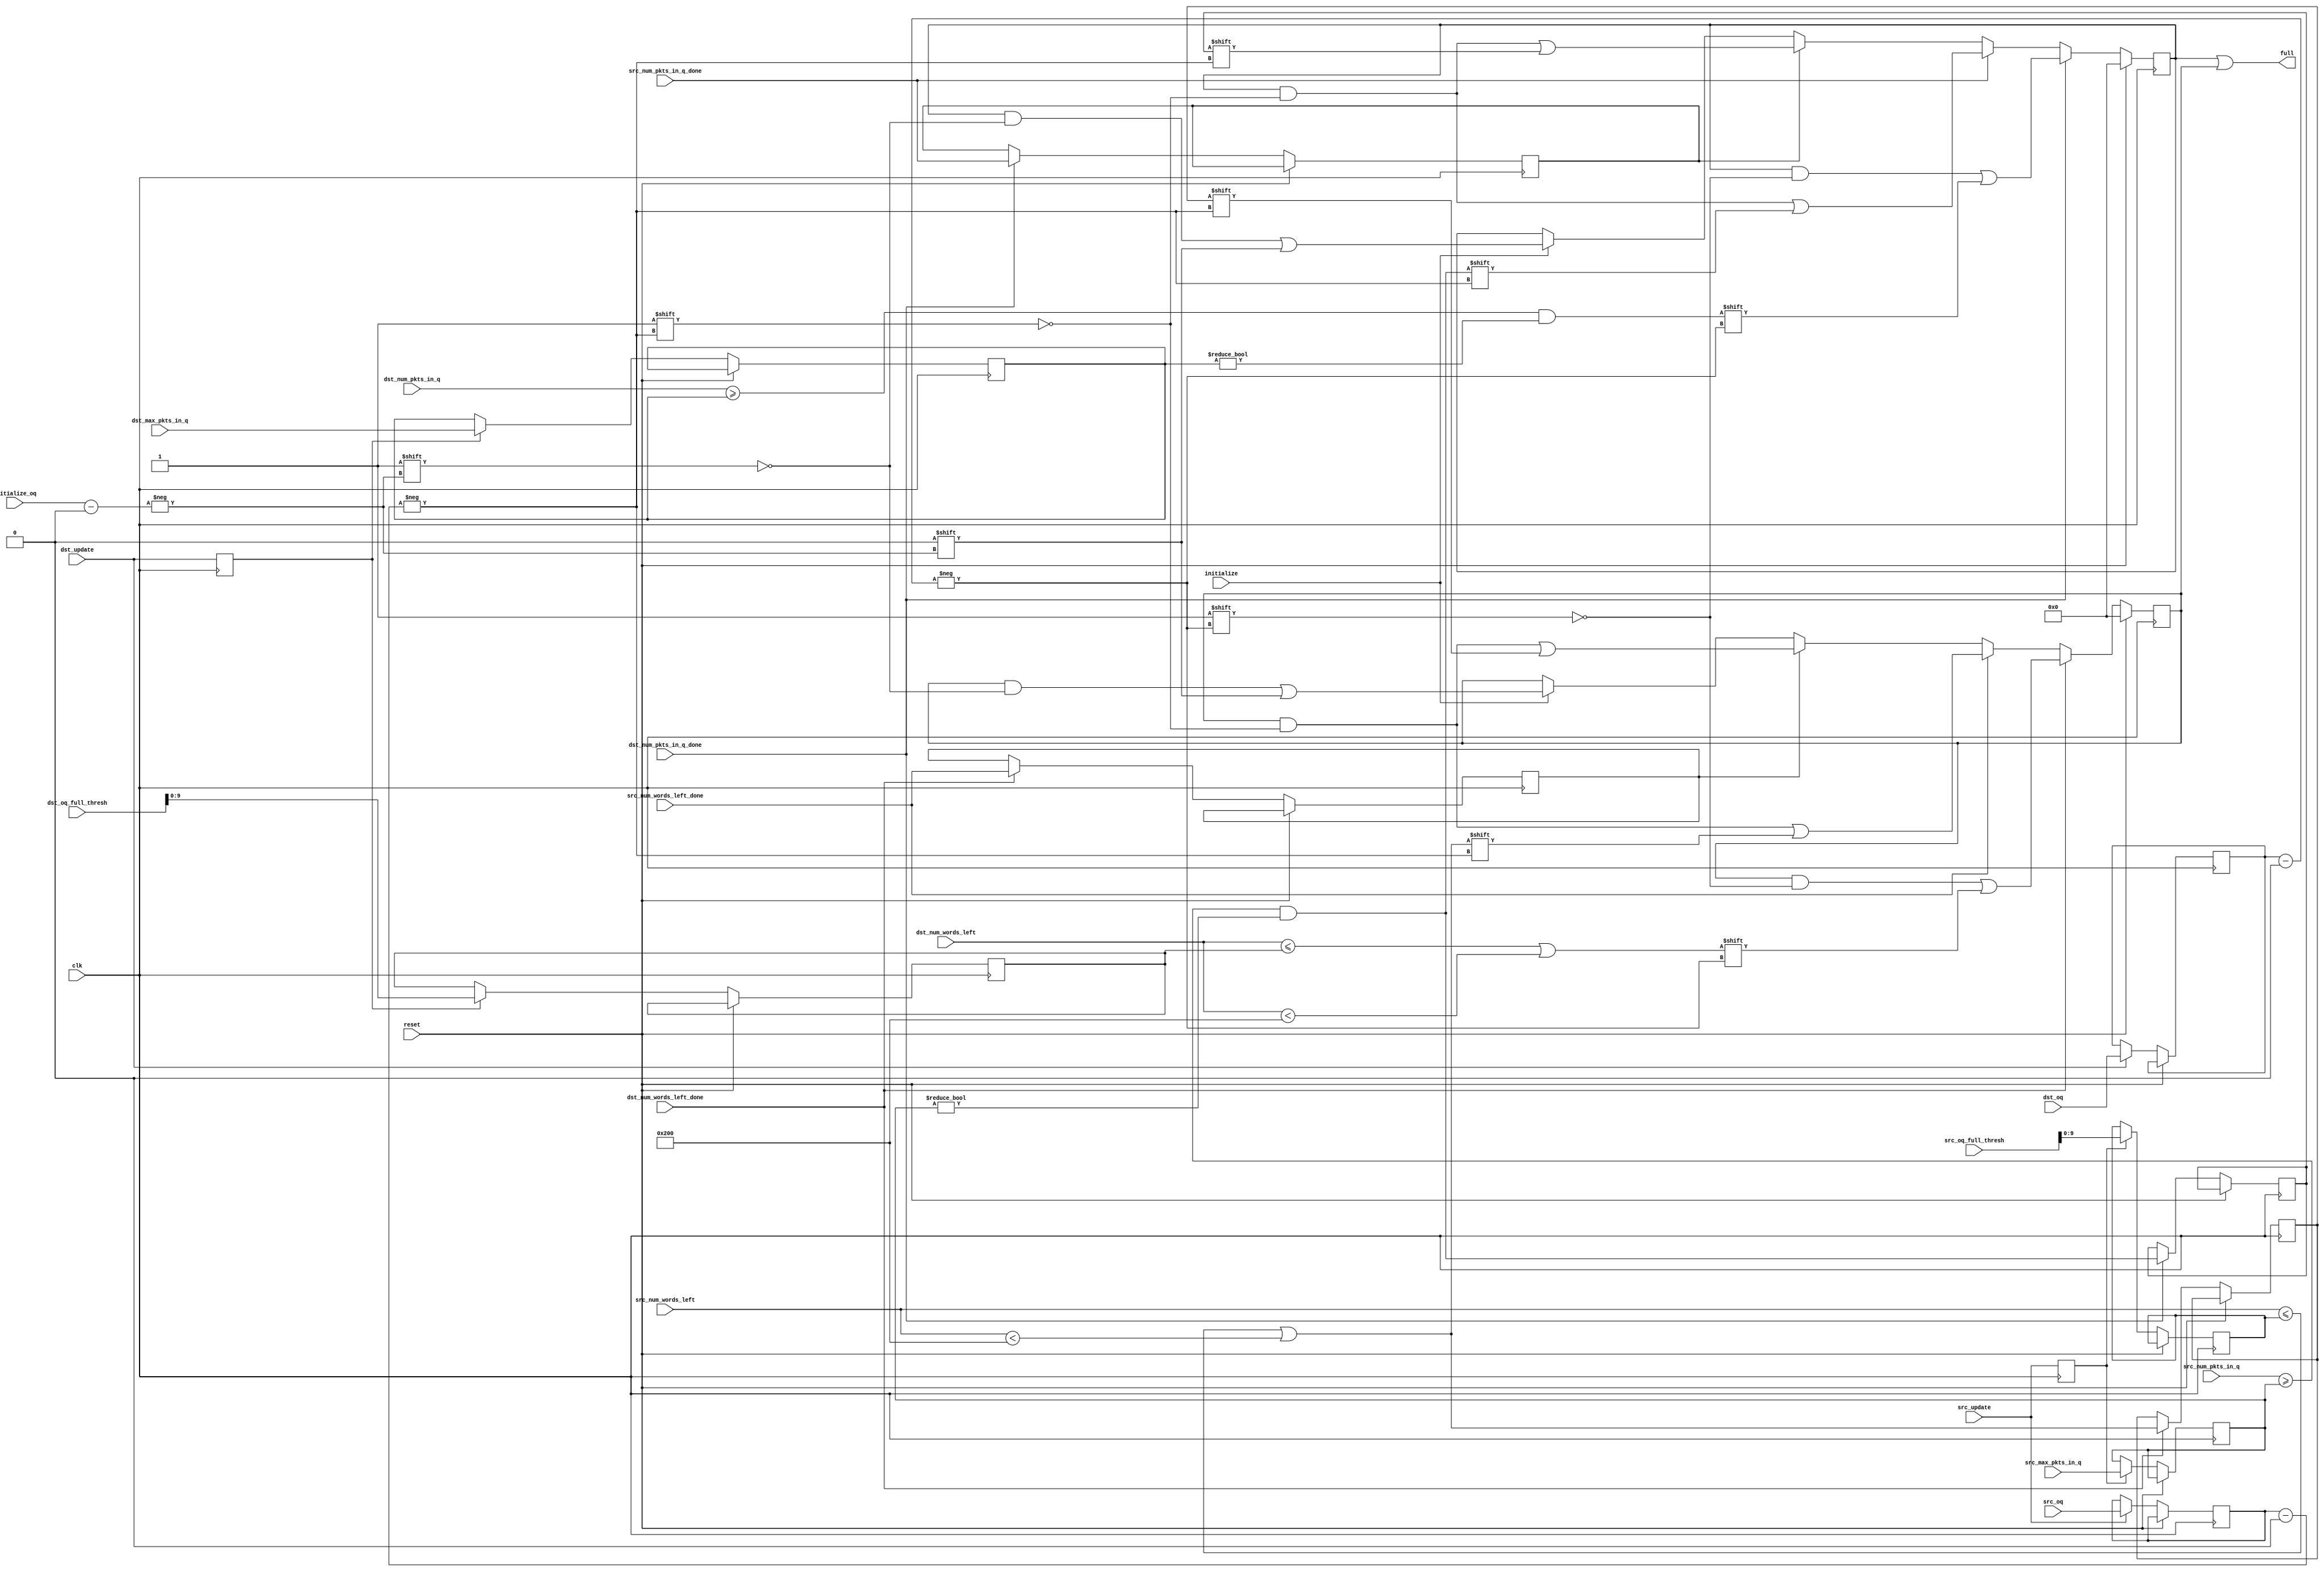
module oq_regs_eval_full
  #( 
      parameter SRAM_ADDR_WIDTH     = 13,
      parameter CTRL_WIDTH          = 8,
      parameter UDP_REG_SRC_WIDTH   = 2,
      parameter NUM_OUTPUT_QUEUES   = 8,
      parameter NUM_OQ_WIDTH        = log2(NUM_OUTPUT_QUEUES),
      parameter PKT_LEN_WIDTH       = 11,
      parameter PKT_WORDS_WIDTH     = PKT_LEN_WIDTH-log2(CTRL_WIDTH),
      parameter MAX_PKT             = 2048/CTRL_WIDTH,   // allow for 2K bytes,
      parameter MIN_PKT             = 60/CTRL_WIDTH + 1,
      parameter PKTS_IN_RAM_WIDTH   = log2((2**SRAM_ADDR_WIDTH)/MIN_PKT)
   )
   
   ( 
      // --- Inputs from dst update ---
      input                               dst_update,
      input [NUM_OQ_WIDTH-1:0]            dst_oq,
      input [PKTS_IN_RAM_WIDTH-1:0]       dst_max_pkts_in_q,
      input [PKTS_IN_RAM_WIDTH-1:0]       dst_num_pkts_in_q,
      input                               dst_num_pkts_in_q_done,

      input [SRAM_ADDR_WIDTH-1:0]         dst_oq_full_thresh,
      input [SRAM_ADDR_WIDTH-1:0]         dst_num_words_left,
      input                               dst_num_words_left_done,

      // --- Inputs from src update ---
      input                               src_update,
      input [NUM_OQ_WIDTH-1:0]            src_oq,
      input [PKTS_IN_RAM_WIDTH-1:0]       src_max_pkts_in_q,
      input [PKTS_IN_RAM_WIDTH-1:0]       src_num_pkts_in_q,
      input                               src_num_pkts_in_q_done,

      input [SRAM_ADDR_WIDTH-1:0]         src_oq_full_thresh,
      input [SRAM_ADDR_WIDTH-1:0]         src_num_words_left,
      input                               src_num_words_left_done,

      // --- Clear the flag --- 
      input                               initialize,
      input [NUM_OQ_WIDTH-1:0]            initialize_oq,

      output     [NUM_OUTPUT_QUEUES-1:0]  full,


      // --- Misc     
      input                               clk,
      input                               reset
   );
   
   function integer log2;
      input integer number;
      begin
         log2=0;
         while(2**log2<number) begin
            log2=log2+1;
         end
      end
   endfunction // log2


   // ------------- Internal parameters --------------


   // ------------- Wires/reg ------------------

   reg [NUM_OUTPUT_QUEUES-1:0]   full_pkts_in_q;
   reg [NUM_OUTPUT_QUEUES-1:0]   full_words_left;

   wire                          src_full_pkts_in_q;
   reg                           src_full_pkts_in_q_held;
   wire                          dst_full_pkts_in_q;

   wire                          src_full_words_left;
   reg                           src_full_words_left_held;
   wire                          dst_full_words_left;

   reg                           dst_update_d1;
   reg                           src_update_d1;

   reg [PKTS_IN_RAM_WIDTH-1:0]   dst_max_pkts_in_q_held;
   reg [PKTS_IN_RAM_WIDTH-1:0]   src_max_pkts_in_q_held;

   reg [PKTS_IN_RAM_WIDTH-1:0]   dst_oq_full_thresh_held;
   reg [PKTS_IN_RAM_WIDTH-1:0]   src_oq_full_thresh_held;

   reg [NUM_OQ_WIDTH-1:0]        dst_oq_held;
   reg [NUM_OQ_WIDTH-1:0]        src_oq_held;

   reg                           src_num_pkts_in_q_done_held;
   reg                           src_num_words_left_done_held;

   // ------------- Logic ------------------
   
   assign full = full_pkts_in_q | full_words_left;



   assign src_full_pkts_in_q = src_num_pkts_in_q >= src_max_pkts_in_q_held && 
                               src_max_pkts_in_q_held != 0;

   assign dst_full_pkts_in_q = dst_num_pkts_in_q >= dst_max_pkts_in_q_held && 
                               dst_max_pkts_in_q_held != 0;

   assign src_full_words_left = src_num_words_left <= src_oq_full_thresh_held ||
                                src_num_words_left < 2 * MAX_PKT;

   assign dst_full_words_left = dst_num_words_left <= dst_oq_full_thresh_held ||
                                dst_num_words_left < 2 * MAX_PKT;



   always @(posedge clk)
   begin
      dst_update_d1 <= dst_update;
      src_update_d1 <= src_update;

      if (reset) begin
         full_pkts_in_q <= 'h0;
         full_words_left <= 'h0;
      end
      else begin
         if (dst_update) begin
            dst_oq_held <= dst_oq;
         end

         if (src_update) begin
            src_oq_held <= src_oq;
         end

         // Latch the maximums the cycle immediately following the update
         // notifications. The update notifications are linked to the read
         // ports of the appropriate registers so the read value will always
         // be returned in the next cycle.
         if (dst_update_d1) begin
            dst_max_pkts_in_q_held <= dst_max_pkts_in_q;
            dst_oq_full_thresh_held <= dst_oq_full_thresh;
         end

         if (src_update_d1) begin
            src_max_pkts_in_q_held <= src_max_pkts_in_q;
            src_oq_full_thresh_held <= src_oq_full_thresh;
         end


         // Update the full status giving preference to stores over removes
         // since we don't want to accidentally try adding to a full queue
         
         // Number of packets in queue
         if (dst_num_pkts_in_q_done) begin
            full_pkts_in_q[dst_oq_held] <= dst_full_pkts_in_q;

            src_num_pkts_in_q_done_held <= src_num_pkts_in_q_done;
            src_full_pkts_in_q_held <= src_full_pkts_in_q;
         end
         else if (src_num_pkts_in_q_done) begin
            full_pkts_in_q[src_oq_held] <= src_full_pkts_in_q;
         end
         else if (src_num_pkts_in_q_done_held) begin
            full_pkts_in_q[src_oq_held] <= src_full_pkts_in_q_held;
         end
         else if (initialize) begin
            full_pkts_in_q[initialize_oq] <= 1'b0;
         end


         // Number of words left:
         if (dst_num_words_left_done) begin
            full_words_left[dst_oq_held] <= dst_full_words_left;

            src_num_words_left_done_held <= src_num_words_left_done;
            src_full_words_left_held <= src_full_words_left;
         end
         else if (src_num_words_left_done) begin
            full_words_left[src_oq_held] <= src_full_words_left;
         end
         else if (src_num_words_left_done_held) begin
            full_words_left[src_oq_held] <= src_full_words_left_held;
         end
         else if (initialize) begin
            full_words_left[initialize_oq] <= 1'b0;
         end
      end
   end

endmodule